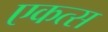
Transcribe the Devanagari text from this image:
एकत्स